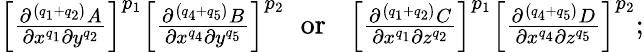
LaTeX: \begin{array}{r}{\left[\frac{\partial^{\left(q_{1}+q_{2}\right)}A}{\partial x^{q_{1}}\partial y^{q_{2}}}\right]^{p_{1}}\left[\frac{\partial^{\left(q_{4}+q_{5}\right)}B}{\partial x^{q_{4}}\partial y^{q_{5}}}\right]^{p_{2}}\; \; \mathrm{or}\; \; \; \left[\frac{\partial^{\left(q_{1}+q_{2}\right)}C}{\partial x^{q_{1}}\partial z^{q_{2}}}\right]^{p_{1}}\left[\frac{\partial^{\left(q_{4}+q_{5}\right)}D}{\partial x^{q_{4}}\partial z^{q_{5}}}\right]^{p_{2}};}\end{array}